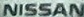
NISSAN